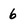
Character: 6